Punjab Mental Hospital Lahore 1922-31 - 1922-1931
Year: 1922
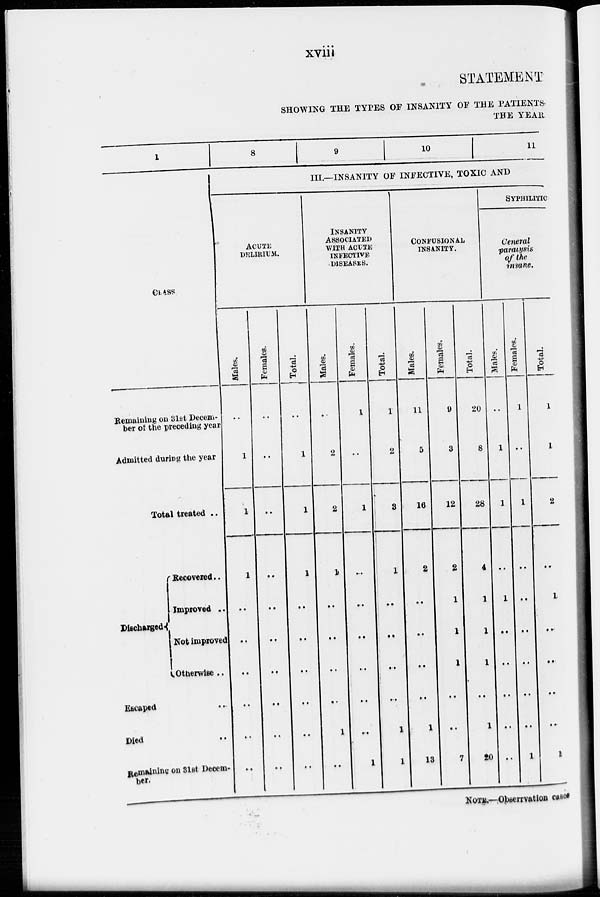
xviii
STATEMENT
SHOWING THE TYPES OF INSANITY OF THE PATIENTS
THE YEAR
1
CLASS.
Remaining on 31st Decem-
ber of the preceding year
Admitted during the year
Total treated ..
Discharged
Recovered ..
Improved ..
Not improved
Otherwise ..
Escaped ..
Died ..
Remaining on 31st Decem-
ber.
8
9
10
11
III.—INSANITY OF INFECTIVE, TOXIC AND
ACUTE
DELIRIUM.
Males.
..
1
1
1
..
..
..
..
..
..
Females.
..
..
..
..
..
..
..
..
..
..
Total.
..
1
1
1
..
..
..
..
..
..
INSANITY
ASSOCIATED
WITH ACUTE
INFECTIVE
DISEASES.
Males.
..
2
2
1
..
..
..
..
1
..
Females.
1
..
1
..
..
..
..
..
...
1
Total.
1
2
3
1
..
..
..
..
1
1
CONFUSIONAL
INSANITY.
Males.
11
5
16
2
..
..
..
..
1
13
Females.
9
3
12
2
1
1
1
..
..
7
Total.
20
8
28
4
1
1
1
..
1
20
SYPHILITIC
General
paralysis
of the
insane.
Males.
..
1
1
..
1
..
..
..
..
..
Females.
1
..
1
..
..
..
..
..
..
1
Total.
1
1
2
..
1
..
..
..
..
1
NOTE.—Observation cases